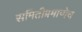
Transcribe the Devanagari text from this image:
समितीप्रमाणेच